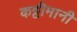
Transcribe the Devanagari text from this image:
कट्टीमानी